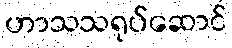
ဟာသသရုပ်ဆောင်